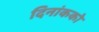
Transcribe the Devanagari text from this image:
दिनांकको